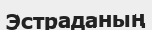
Эстраданың